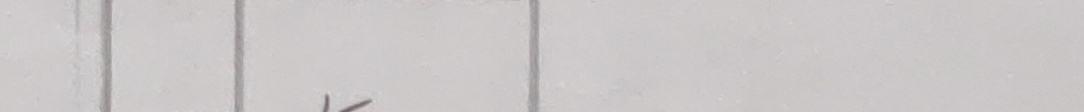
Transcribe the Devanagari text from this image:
म्याऊ